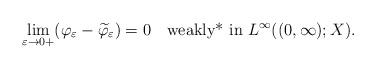
LaTeX: \begin{align*}\displaystyle \lim_{\varepsilon \to 0+} (\varphi_\varepsilon - \widetilde \varphi_\varepsilon)= 0 \quad\mbox{\rm weakly* in }L^\infty((0,\infty);X).\end{align*}